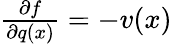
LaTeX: \begin{array}{r}{\frac{\partial f}{\partial q(x)}=-v(x)}\end{array}